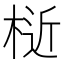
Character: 𣔅